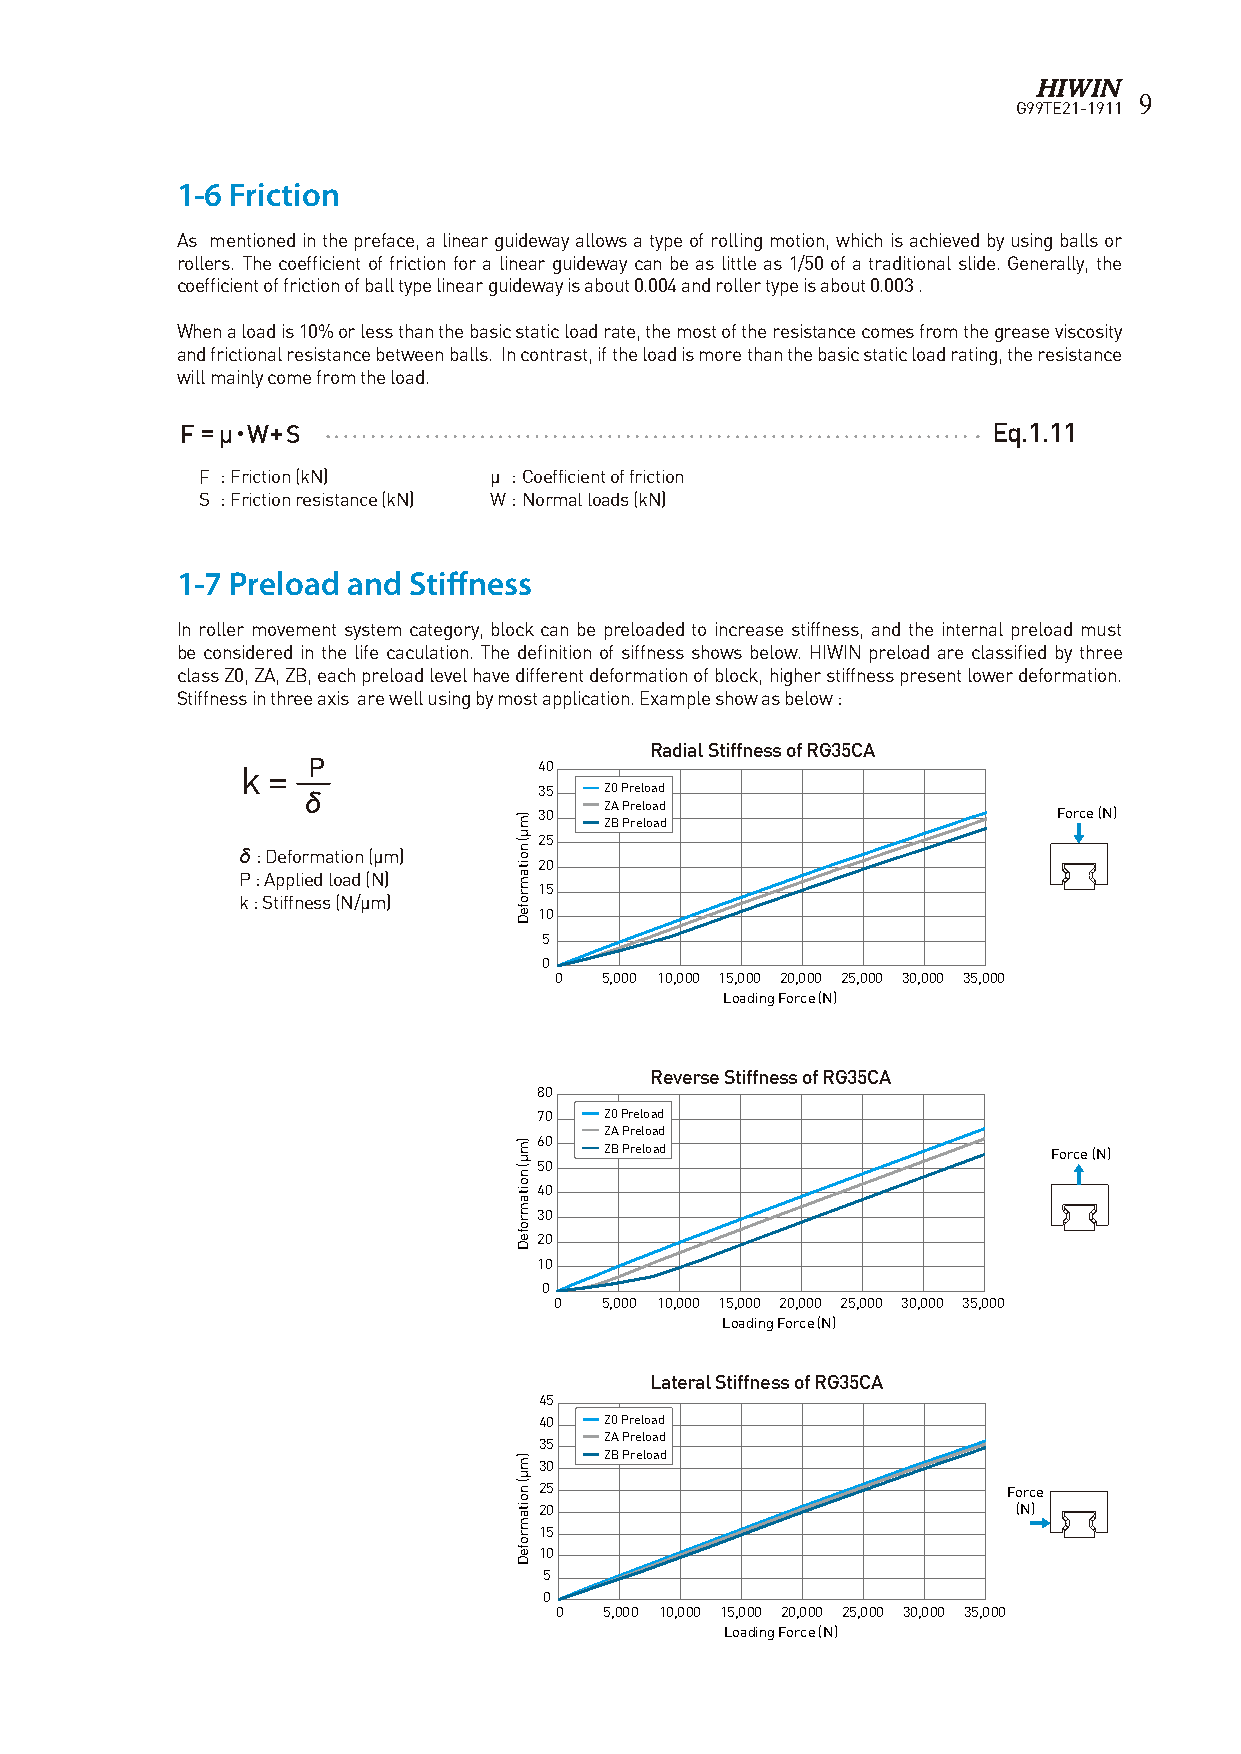
9
 G99TE21-1911
 1-6 Friction
 As mentioned in the preface, a linear guideway allows a type of rolling motion, which is achieved by using balls or
 rollers. The coefficient of friction for a linear guideway can be as little as 1/50 of a traditional slide. Generally, the
 coefficient of friction of ball type linear guideway is about 0.004 and roller type is about 0.003 .
 When a load is 10% or less than the basic static load rate, the most of the resistance comes from the grease viscosity
 and frictional resistance between balls. In contrast, if the load is more than the basic static load rating, the resistance
 will mainly come from the load.
 F =µ • W+S                                            Eq.1.11
 F : Friction (kN)  μ : Coefficient of friction
 S : Friction resistance (kN) W : Normal loads (kN)
 1-7 Preload and Stiffness
 In roller movement system category, block can be preloaded to increase stiffness, and the internal preload must
 be considered in the life caculation. The definition of siffness shows below. HIWIN preload are classified by three
 class Z0, ZA, ZB, each preload level have different deformation of block, higher stiffness present lower deformation.
 Stiffness in three axis are well using by most application. Example show as below :
 Radial Stiffness of RG35CA
 k = P               40
 δ               35  Z0 Preload
 ZA Preload
 30                                Force (N) ZB Preload
 25
 δ : Deformation (μm)
 20
 P : Applied load (N)
 15
 k : Stiffness (N/μm)
 10
 5
 0
 0  5,000 10,000 15,000 20,000 25,000 30,000 35,000
 Loading Force (N)
 Reverse Stiffness of RG35CA
 80
 70  Z0 Preload
 ZA Preload
 60  ZB Preload                    Force (N)
 50
 40
 30
 20
 10
 0
 0  5,000 10,000 15,000 20,000 25,000 30,000 35,000
 Loading Force (N)
 Lateral Stiffness of RG35CA
 45
 40  Z0 Preload
 35  ZA Preload
 ZB Preload
 30
 25                             Force
 20                             (N)
 15
 10
 5
 0
 0  5,000 10,000 15,000 20,000 25,000 30,000 35,000
 Loading Force (N)
 )mµ(
 noitamrofeD
 )mµ(
 noitamrofeD
 )mµ(
 noitamrofeD